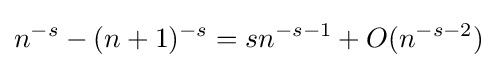
n^{-s}-(n+1)^{-s}=sn^{-s-1}+O(n^{-s-2})